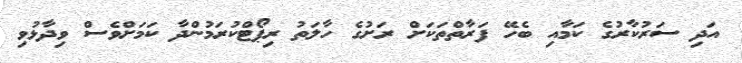
އަދި ސަރުކާރުގެ ކަމާއި ބެހޭ ފަރާތްތަކަށް ރަށުގެ ހާލަތު ރިޕޯޓްކުރަމުންދާ ކަމަށްވެސް ވިދާޅުވި